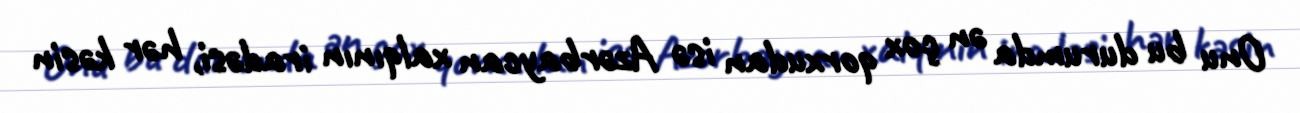
Onu bu durumda ən çox qorxudan isə Azərbaycan xalqının iradəsi, hər kəsin